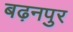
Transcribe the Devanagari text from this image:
बढ़नपुर